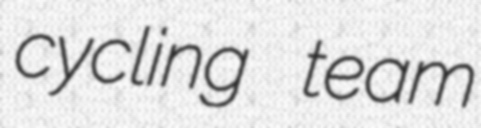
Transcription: cycling team